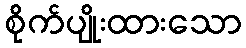
စိုက်ပျိုးထားသော